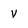
Character: v